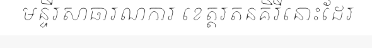
មន្ទីរសាធារណការ ខេត្តរតនគិរីនោះដែរ